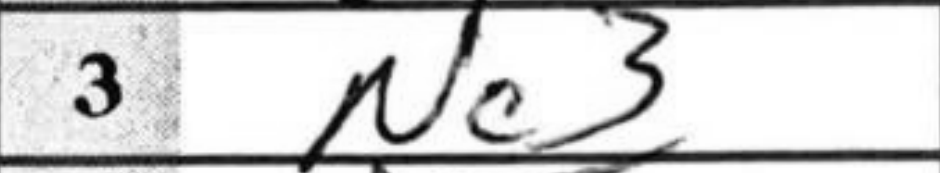
Transcription: Nc3